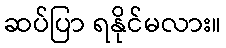
ဆပ်ပြာ ရနိုင်မလား။